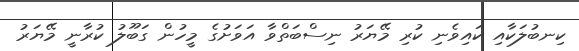
ކިނބުލަކާއި ކައިވެނި ކުރި މޭޔަރު ނިސްބަތްވާ އަވަށުގެ މީހުން ގަބޫލު ކުރާނީ މޭޔަރު